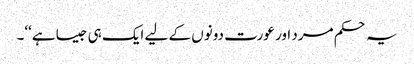
یہ حکم مرد اور عورت دونوں کے لیے ایک ہی جیسا ہے‘‘۔